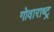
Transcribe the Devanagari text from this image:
गोवाराष्ट्र